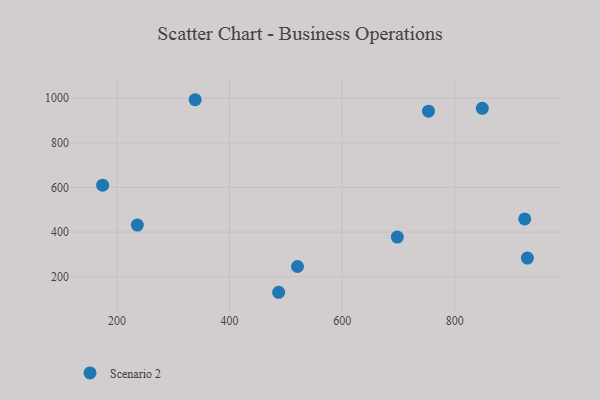
{"axis": {"x": "Study Hours", "y": "Exam Score"}, "legend": ["Scenario 2"], "data": [{"x": "929.1", "y": 283.8, "type": "Scenario 2"}, {"x": "236.2", "y": 431.4, "type": "Scenario 2"}, {"x": "487.2", "y": 130.5, "type": "Scenario 2"}, {"x": "849.0", "y": 953.8, "type": "Scenario 2"}, {"x": "174.5", "y": 610.1, "type": "Scenario 2"}, {"x": "924.4", "y": 458.7, "type": "Scenario 2"}, {"x": "698.0", "y": 377.8, "type": "Scenario 2"}, {"x": "753.4", "y": 941.1, "type": "Scenario 2"}, {"x": "520.7", "y": 245.8, "type": "Scenario 2"}, {"x": "338.9", "y": 992.5, "type": "Scenario 2"}]}